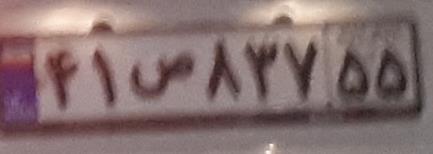
۴۱ص۸۳۷۵۵